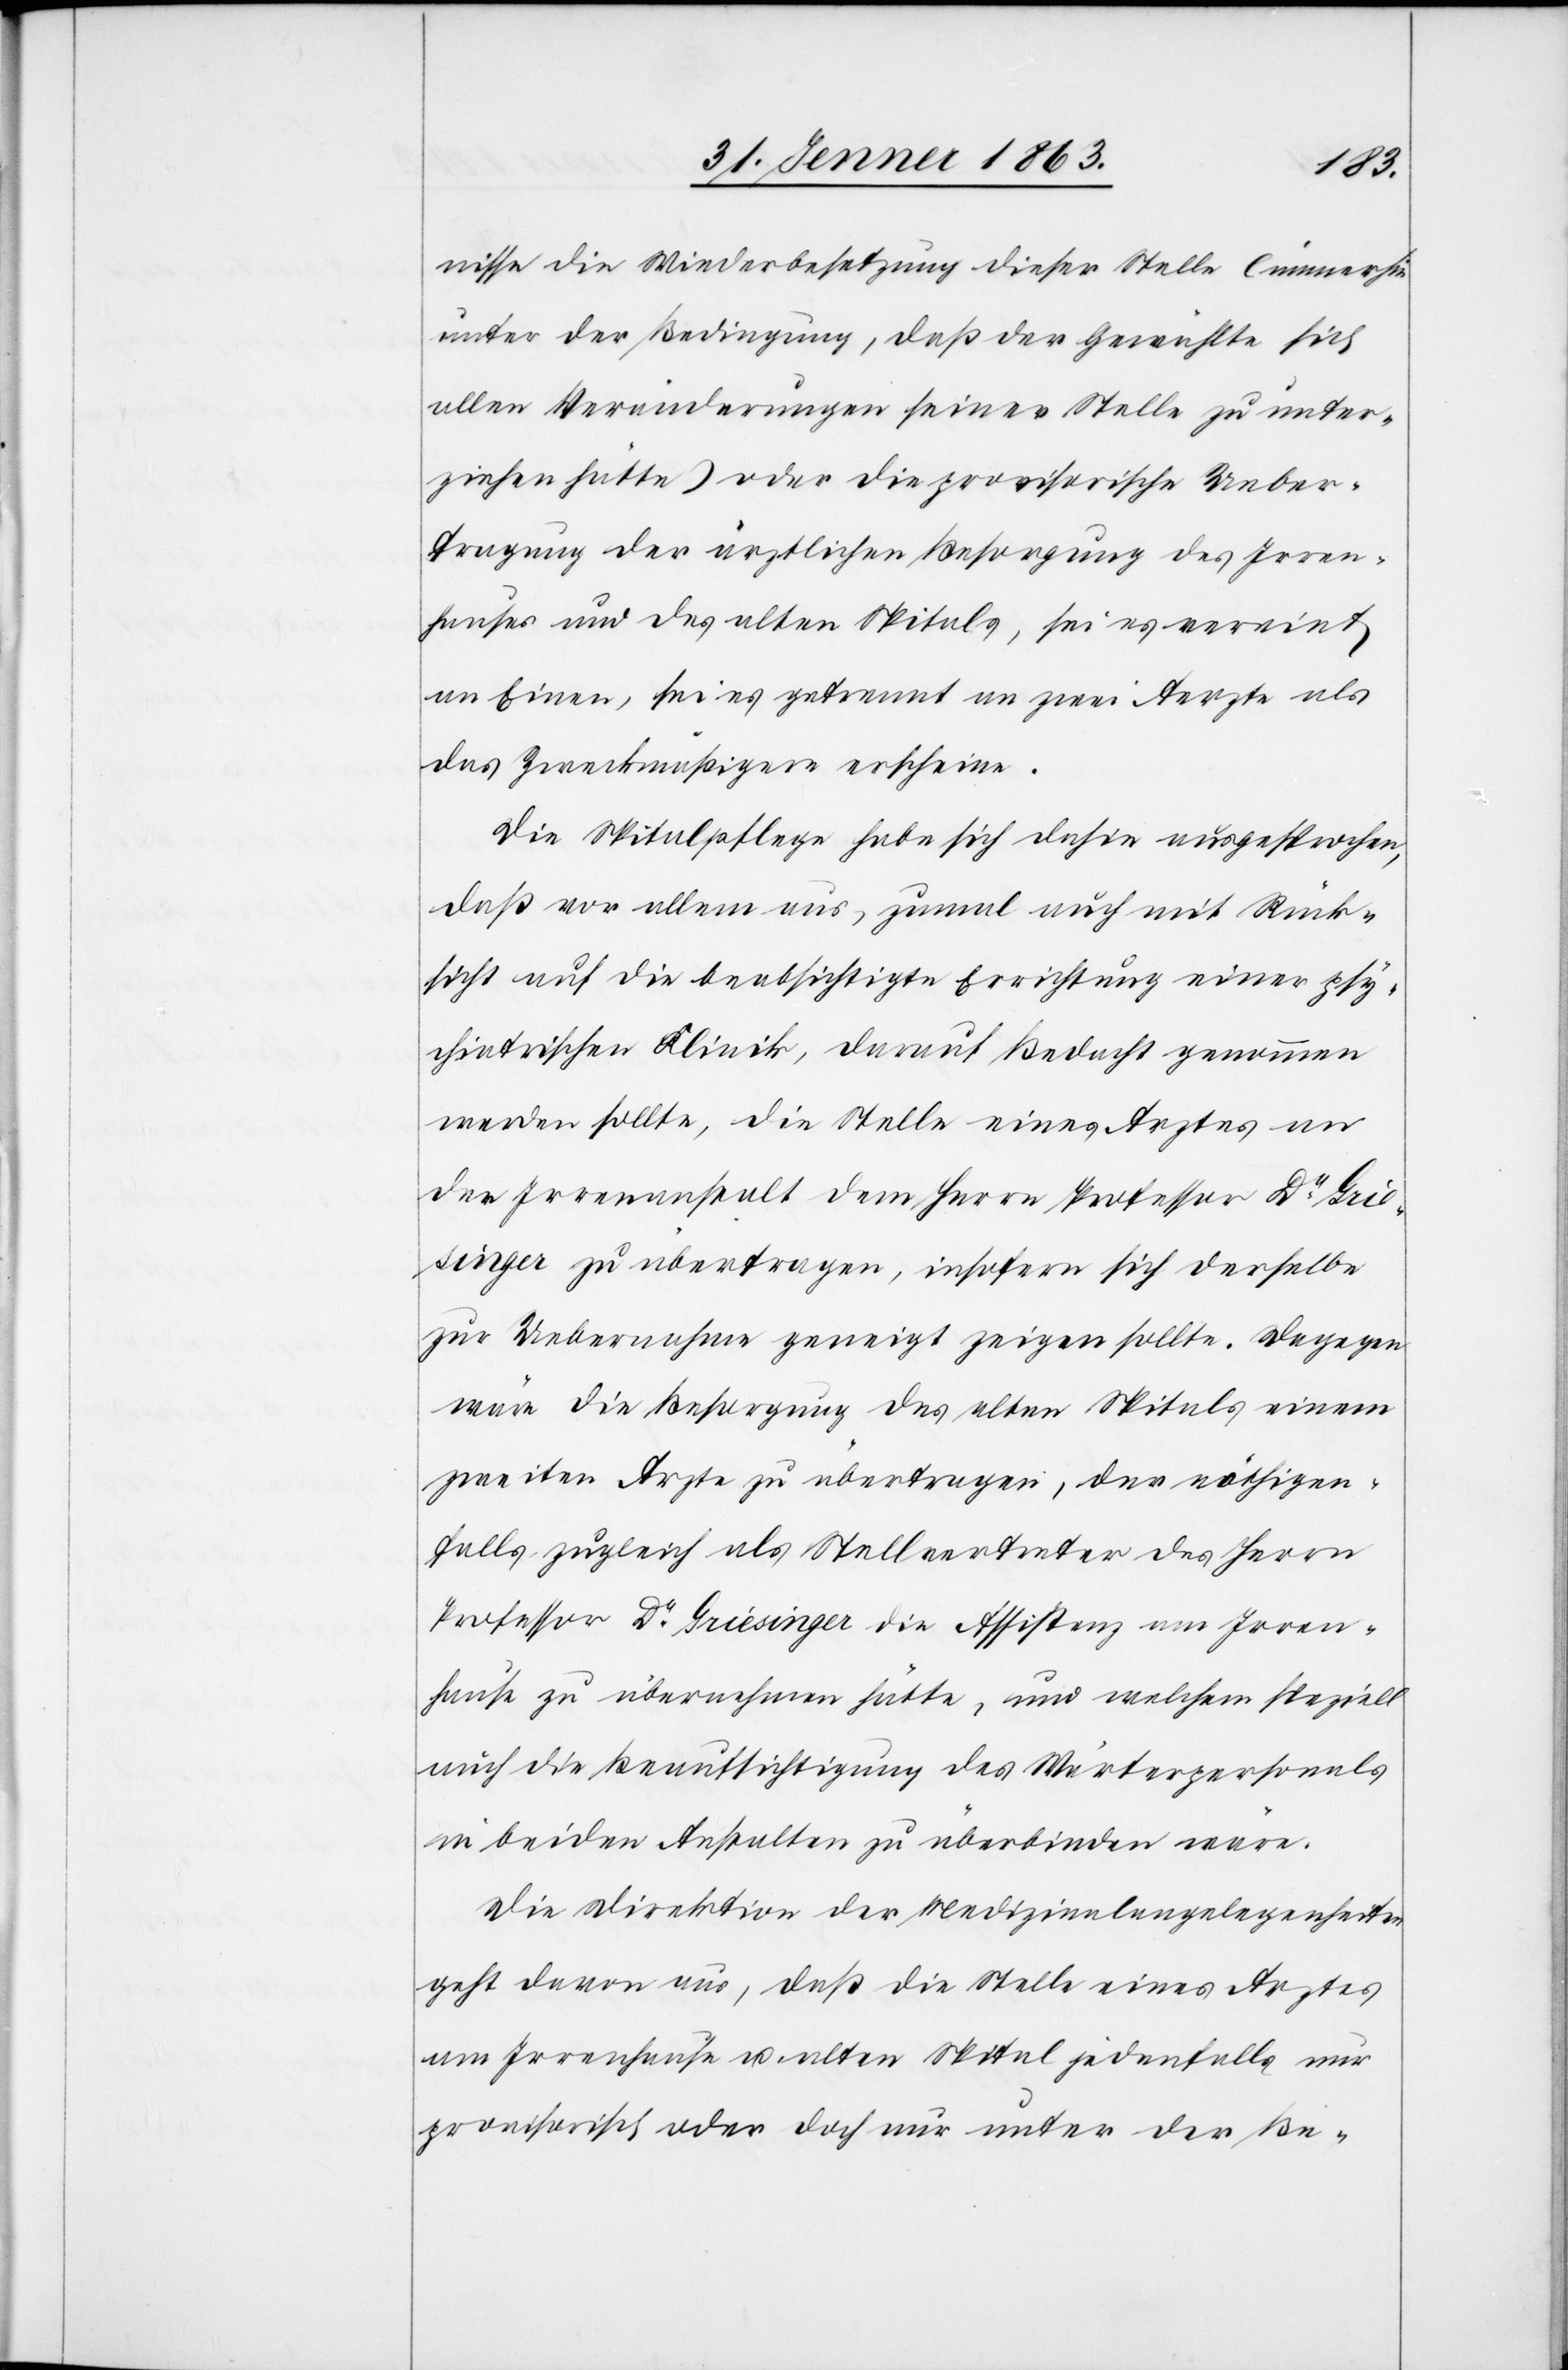
nisse die Wiederbesetzung dieser Stelle (immerhin
unter der Bedingung, daß der Gewählte sich
allen Veränderungen seiner Stelle zu unter¬
ziehen hätte) oder die provisorische Ueber¬
tragung der ärztlichen Besorgung des Irren¬
hauses und des alten Spitals, sei es vereint
an Einen, sei es getrennt an zwei Aerzte als
das Zweckmäßigere erscheine.
Die Spitalpflege habe sich dahin ausgesprochen,
daß vor allem aus, zumal auch mit Rück¬
sicht auf die beabsichtigte Errichtung einer psy¬
chiatrischen Klinik, darauf Bedacht genommen
werden sollte, die Stelle eines Arztes an
der Irrenanstalt dem Herrn Professor Dr Gri¬
esinger zu übertragen, insofern sich derselbe
zur Uebernahme geneigt zeigen sollte. Dagegen
wäre die Besorgung des alten Spitals einem
zweiten Arzte zu übertragen, der nöthigen¬
falls zugleich als Stellvertreter des Herrn
Professor Dr Griesinger die Assistenz am Irren¬
hause zu übernehmen hätte, und welchem speziell
auch die Beaufsichtigung des Wärterpersonals
in beiden Anstalten zu überbinden wäre.
Die Direktion der Medizinalangelegenheiten
geht davon aus, daß die Stelle eines Arztes
am Irrenhause u. alten Spital jedenfalls nur
provisorisch oder doch nur unter der Be-